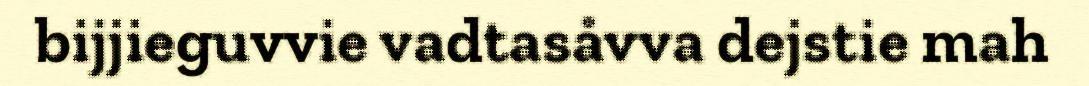
bijjieguvvie vadtasåvva dejstie mah